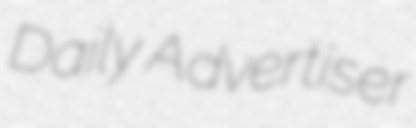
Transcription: Daily Advertiser